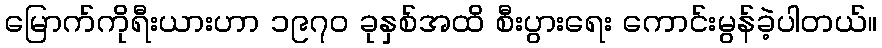
မြောက်ကိုရီးယားဟာ ၁၉၇၀ ခုနှစ်အထိ စီးပွားရေး ကောင်းမွန်ခဲ့ပါတယ်။